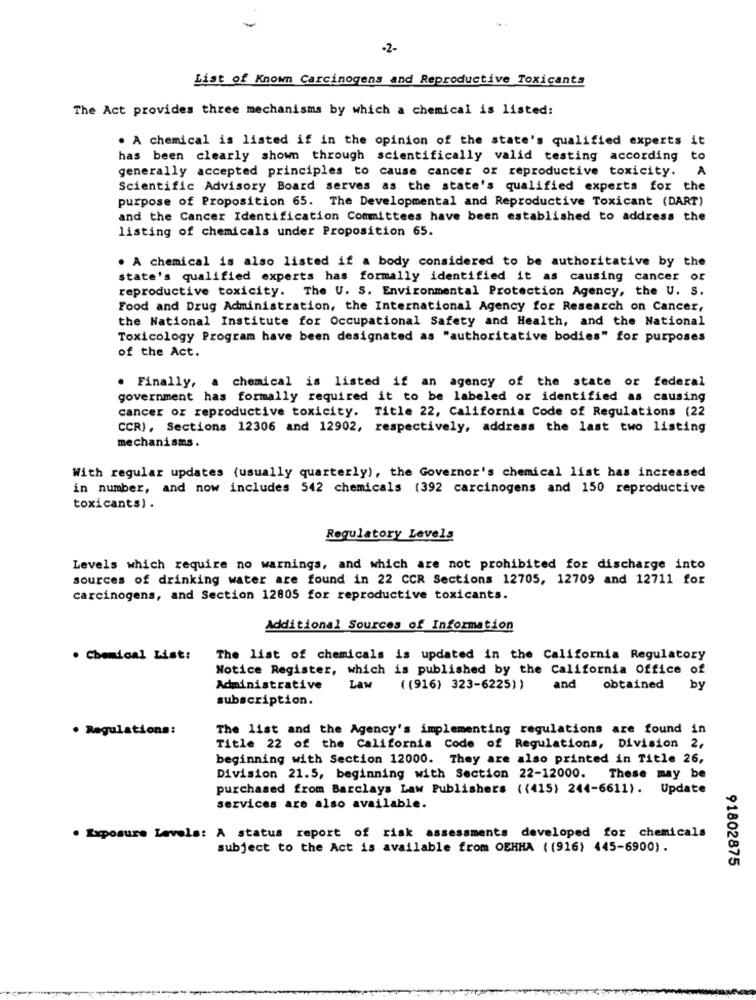
-2-
List of Known Carcinogens and Reproductive Toxicants
The Act provides three mechanisms by which a chemical is listed:
. A chemical is listed if in the opinion of the state's qualified experts it
has been clearly shown through scientifically valid testing according to
generally accepted principles to cause cancer or reproductive toxicity.
A
Scientific Advisory Board serves as the state's qualified experts for the
purpose of Proposition 65. The Developmental and Reproductive Toxicant (DART)
and the Cancer Identification Committees have been established to address the
listing of chemicals under Proposition 65.
. A chemical is also listed if a body considered to be authoritative by the
state's qualified experts has formally identified it as causing cancer or
reproductive toxicity. The U. S. Environmental Protection Agency, the U. S.
Food and Drug Administration, the International Agency for Research on Cancer,
the National Institute for Occupational Safety and Health, and the National
Toxicology Program have been designated as "authoritative bodies" for purposes
of the Act.
. Finally, a chemical is listed if an agency of the state or federal
government has formally required it to be labeled or identified as causing
cancer or reproductive toxicity. Title 22, California Code of Regulations (22
CCR), Sections 12306 and 12902, respectively, address the last two listing
mechanisms.
With regular updates (usually quarterly), the Governor's chemical list has increased
in number, and now includes 542 chemicals (392 carcinogens and 150 reproductive
toxicants) .
Regulatory Levels
Levels which require no warnings, and which are not prohibited for discharge into
sources of drinking water are found in 22 CCR Sections 12705, 12709 and 12711 for
carcinogens, and Section 12805 for reproductive toxicants.
Additional Sources of Information
· Chemical List:
The list of chemicals is updated in the California Regulatory
Notice Register, which is published by the California Office of
Administrative
Law
( (916) 323-6225) )
and
obtained
by
subscription.
· Regulations:
The list and the Agency's implementing regulations are found in
Title 22 of the California Code of Regulations, Division 2,
beginning with Section 12000. They are also printed in Title 26,
Division 21.5, beginning with Section 22-12000.
These may be
purchased from Barclays Law Publishers ((415) 244-6611). Update
services are also available.
. Exposure Levels: A status report of risk assessments developed for chemicals
subject to the Act is available from OEKHA ((916) 445-6900).
91802875